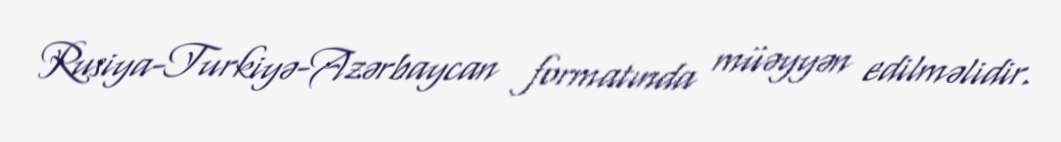
Rusiya-Turkiyə-Azərbaycan formatında müəyyən edilməlidir.